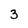
Character: 3